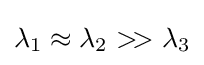
\lambda _{1}\approx \lambda _{2}>\!>\lambda _{3}